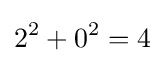
2^{2}+0^{2}=4